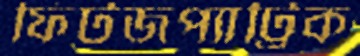
ফিটজপ্যাট্রিক